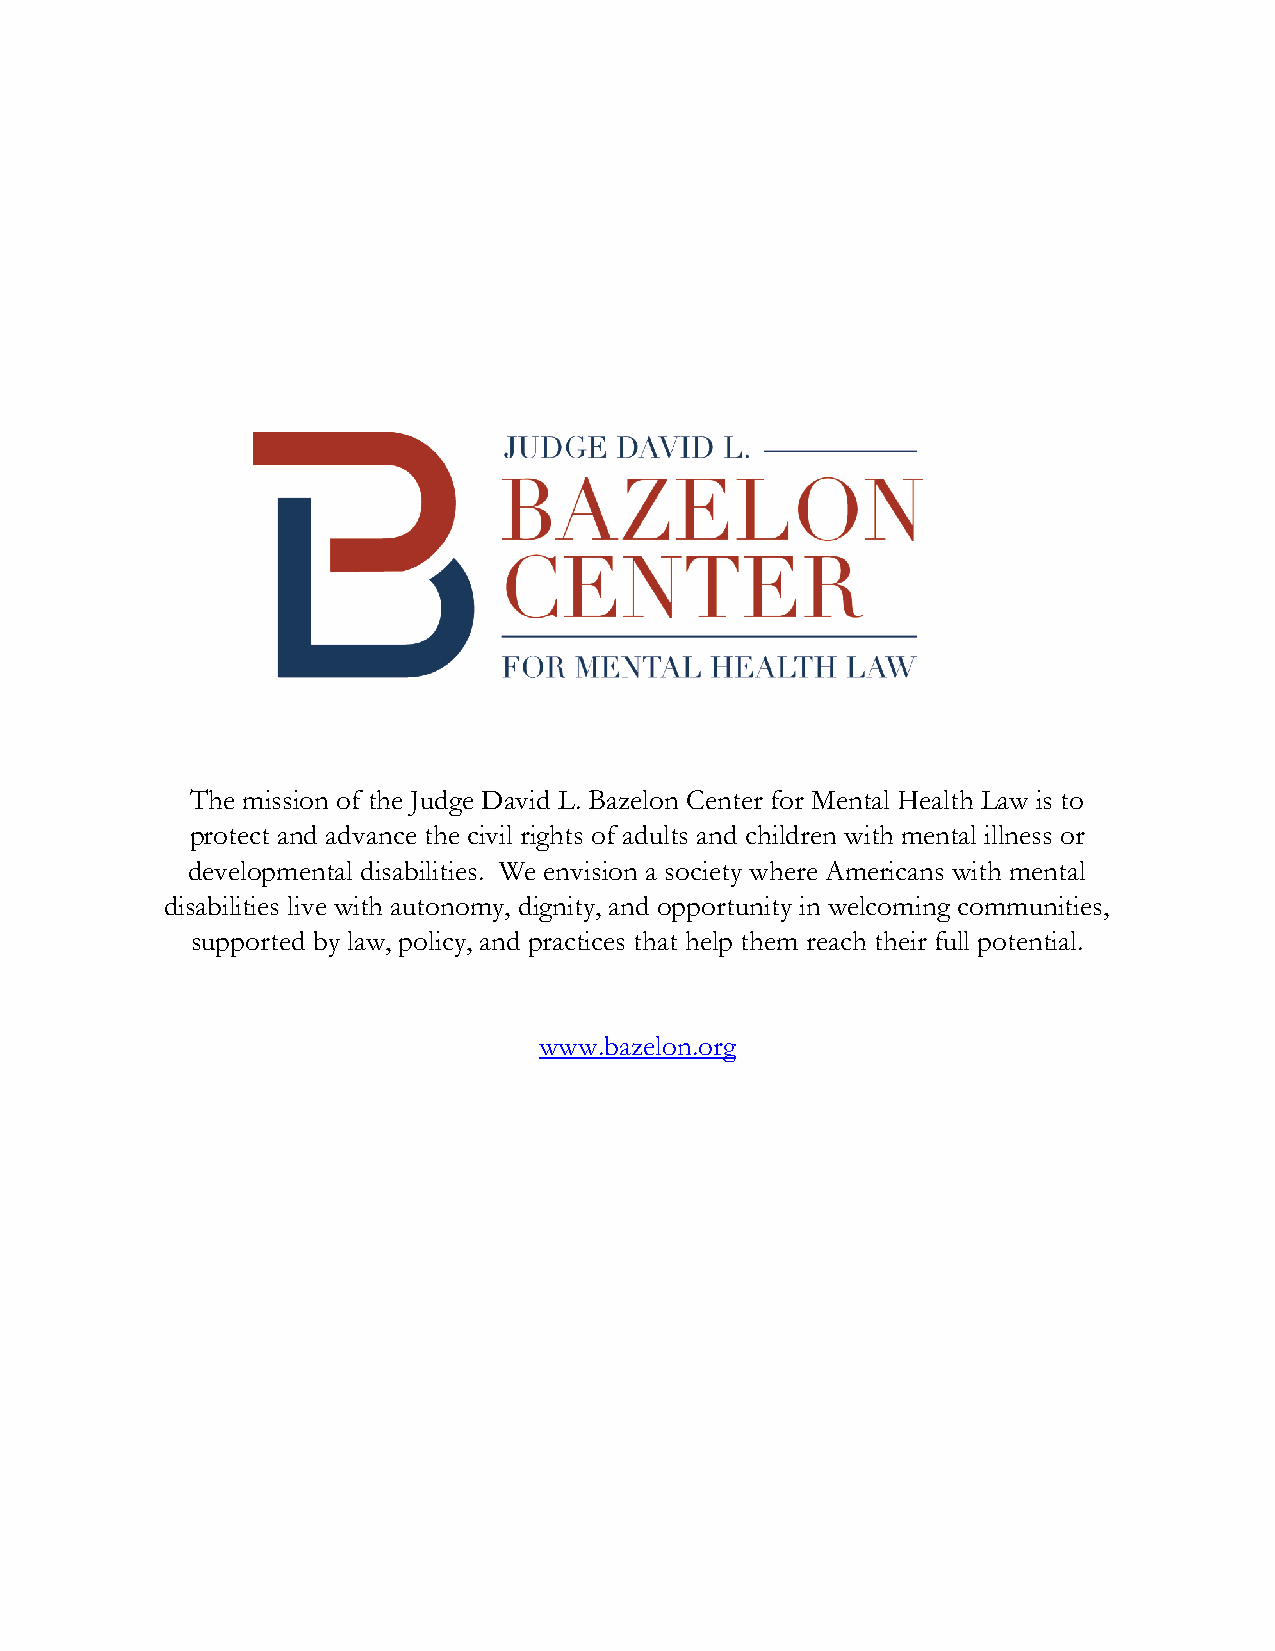
The mission of the Judge David L. Bazelon Center for Mental Health Law is to
 protect and advance the civil rights of adults and children with mental illness or
 developmental disabilities. We envision a society where Americans with mental
 disabilities live with autonomy, dignity, and opportunity in welcoming communities,
 supported by law, policy, and practices that help them reach their full potential.
 www.bazelon.org